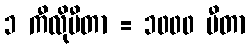
၁ ကီလိုမီတာ = ၁၀၀၀ မီတာ